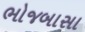
ભોજબાસા